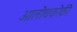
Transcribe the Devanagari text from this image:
आलोचकोकी